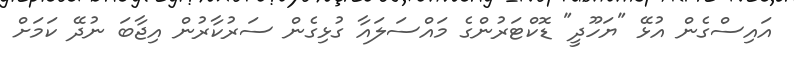
އައިސްގެން އުޅޭ "ޔަހޫދީ" ޑޮކްޓަރުންގެ މައްސަލައާ ގުޅިގެން ސަރުކާރުން އިޖާބަ ނުދޭ ކަމަށް